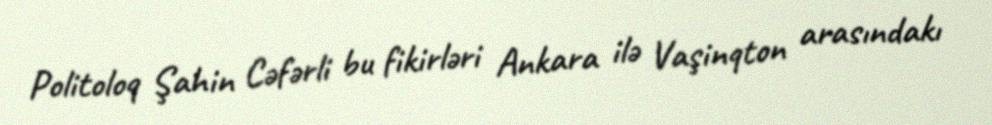
Politoloq Şahin Cəfərli bu fikirləri Ankara ilə Vaşinqton arasındakı